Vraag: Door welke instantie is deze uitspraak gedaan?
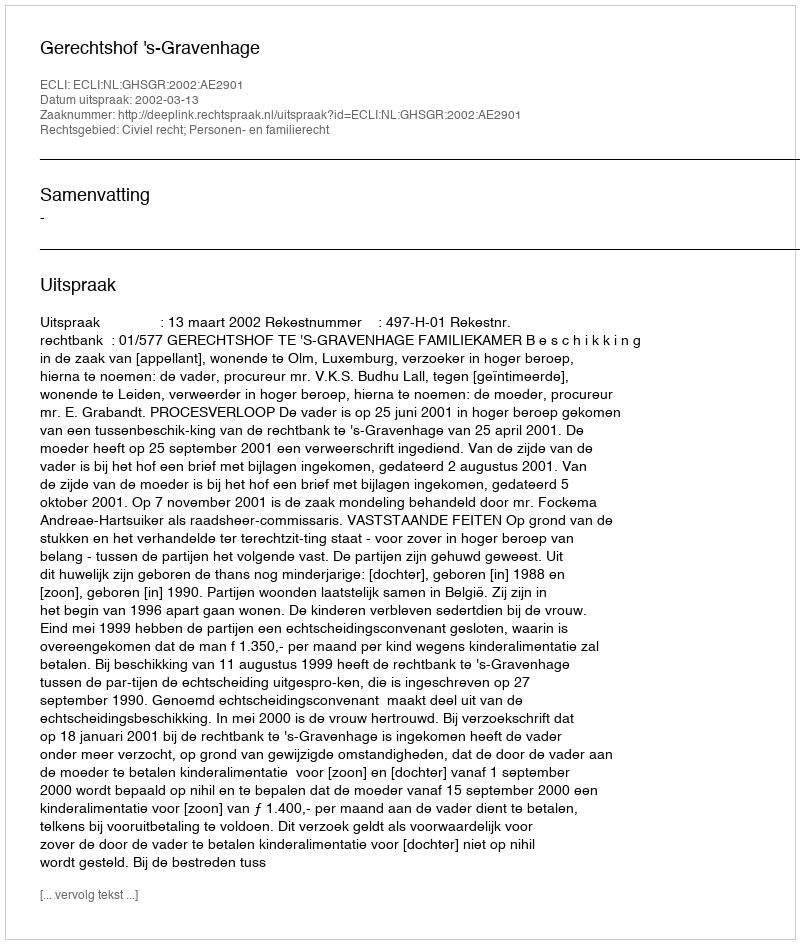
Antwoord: Gerechtshof 's-Gravenhage